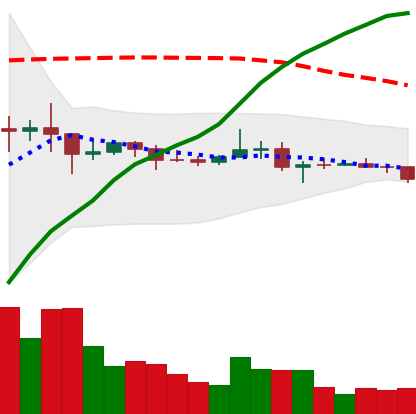
Ticker: XRP-USD
Chart end date: 2021-01-27
Forward return: 47.458%
Label: up_7plus